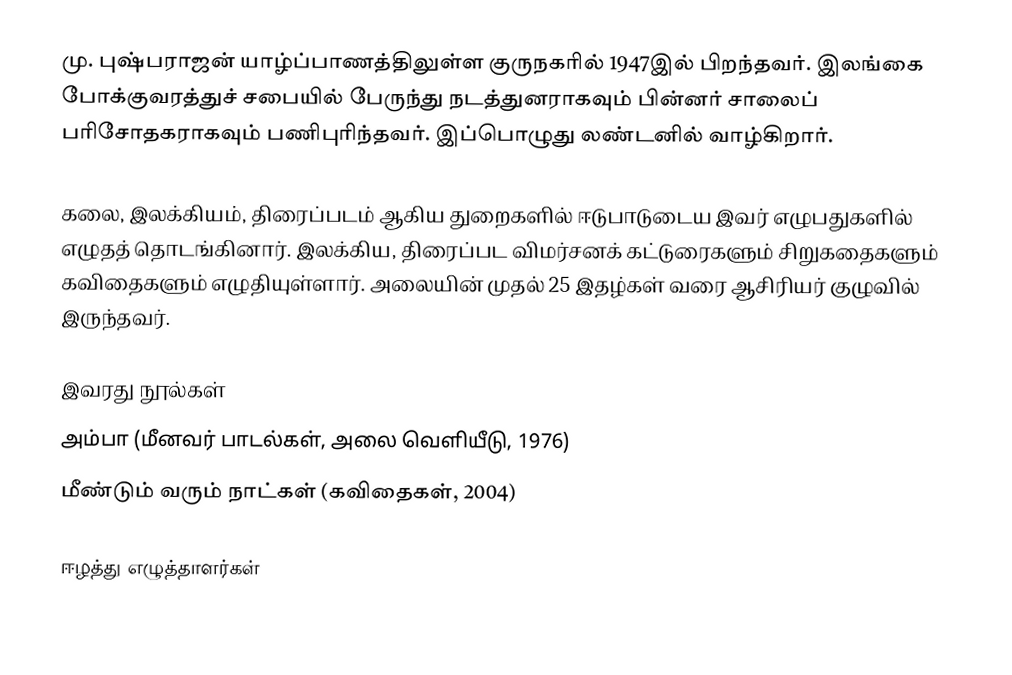
மு. புஷ்பராஜன் யாழ்ப்பாணத்திலுள்ள குருநகரில் 1947இல் பிறந்தவர். இலங்கை போக்குவரத்துச் சபையில் பேருந்து நடத்துனராகவும் பின்னர் சாலைப் பரிசோதகராகவும் பணிபுரிந்தவர். இப்பொழுது லண்டனில் வாழ்கிறார்.

கலை, இலக்கியம், திரைப்படம் ஆகிய துறைகளில் ஈடுபாடுடைய இவர் எழுபதுகளில் எழுதத் தொடங்கினார். இலக்கிய, திரைப்பட விமர்சனக் கட்டுரைகளும் சிறுகதைகளும் கவிதைகளும் எழுதியுள்ளார். அலையின் முதல் 25 இதழ்கள் வரை ஆசிரியர் குழுவில் இருந்தவர்.

இவரது நூல்கள்
 அம்பா (மீனவர் பாடல்கள், அலை வெளியீடு, 1976)
 மீண்டும் வரும் நாட்கள் (கவிதைகள், 2004)

ஈழத்து எழுத்தாளர்கள்